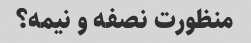
منظورت نصفه و نیمه؟